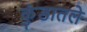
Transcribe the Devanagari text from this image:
कुंडातले